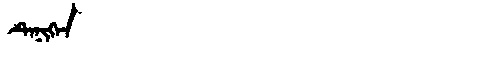
Manchu: ᡨᡝᠨᡳᡴᡝᠨ
Romanization: TENIKEN